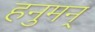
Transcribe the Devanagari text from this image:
हनुमन्